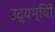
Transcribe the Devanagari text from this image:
उद्यम्यिों